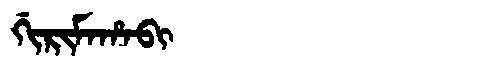
Manchu: ᡤᡳᡵᡳᠮᠠᡥᠠᠪᡳ
Romanization: GIRIMAHABI